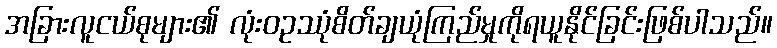
အခြားလူငယ်စုများ၏ လုံးဝဥဿုံစိတ်ချယုံကြည်မှုကိုရယူနိုင်ခြင်းဖြစ်ပါသည်။